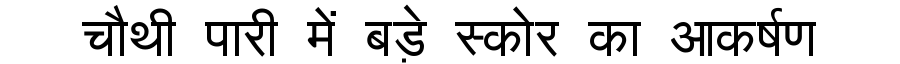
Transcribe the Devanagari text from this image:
चौथी पारी में बड़े स्कोर का आकर्षण